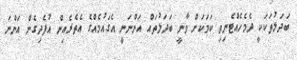
ބަދަލުތަކަކީ ދެމެހެއްޓެނިވި ކަމަކަށް ވާނީ ބަދަލުތައް އަންނަނީ އެގައުމެއްގެ އެތެރެއިން އުފެދިގެން އަންނަ